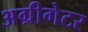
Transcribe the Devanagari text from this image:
अग्रीगेटर